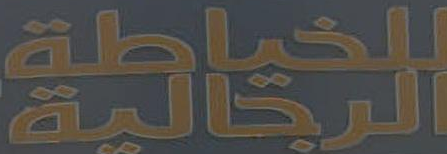
النخامية